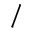
/